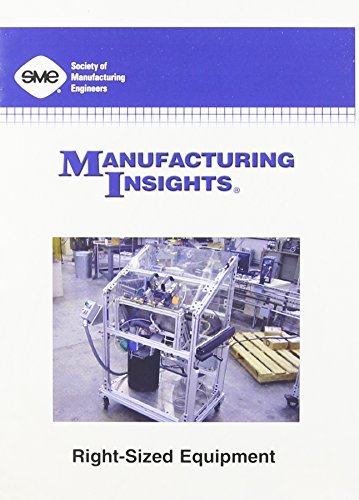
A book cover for Right-Sized Equipment; Engineers Society Manufacturing; Business & Money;